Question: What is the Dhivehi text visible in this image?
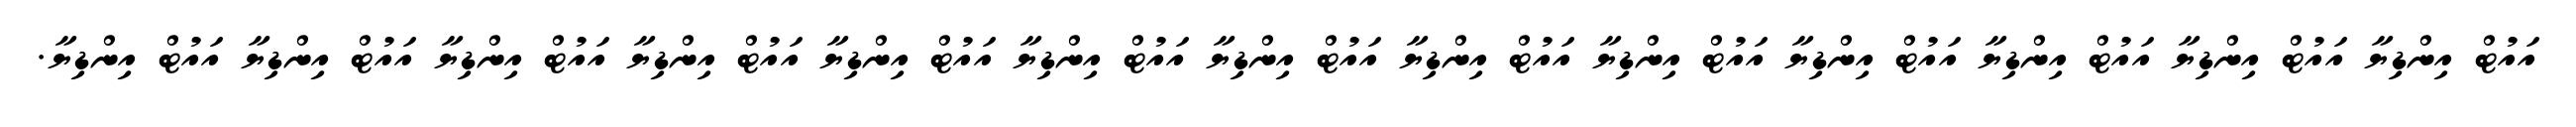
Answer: އައުޓް އިންޑިޔާ އައުޓް އިންޑިޔާ އައުޓް އިންޑިޔާ އައުޓް އިންޑިޔާ އައުޓް އިންޑިޔާ އައުޓް އިންޑިޔާ އައުޓް އިންޑިޔާ އައުޓް އިންޑިޔާ އައުޓް އިންޑިޔާ އައުޓް އިންޑިޔާ އައުޓް އިންޑިޔާ އައުޓް އިންޑިޔާ އައުޓް އިންޑިޔާ.